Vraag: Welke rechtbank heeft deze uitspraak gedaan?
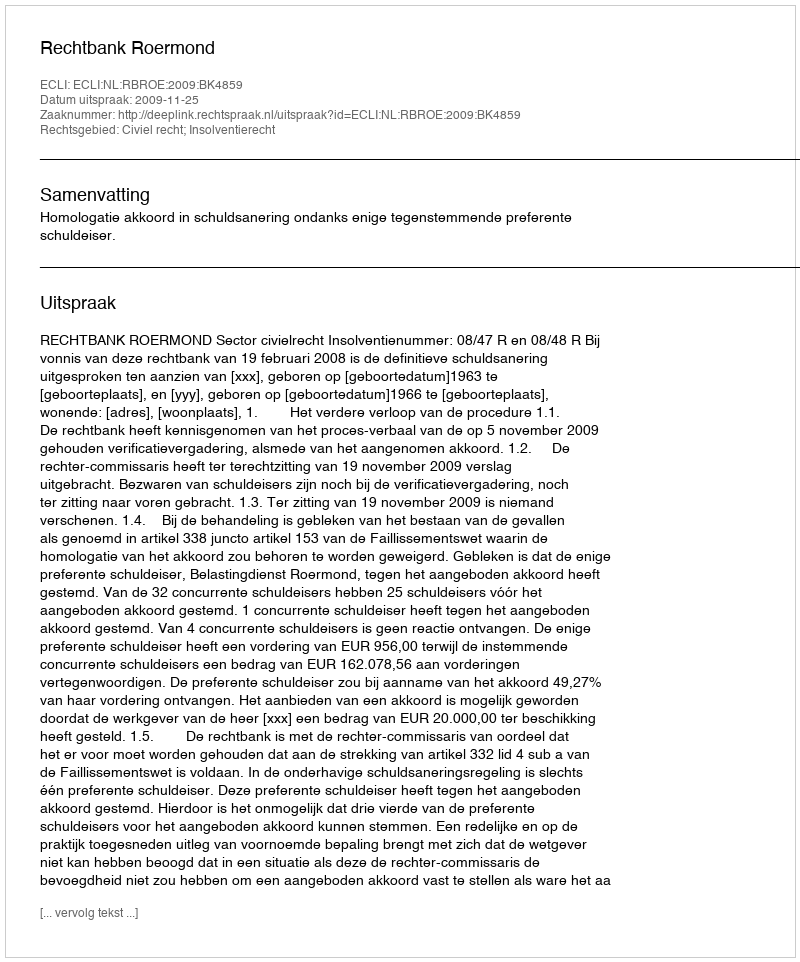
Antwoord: Rechtbank Roermond